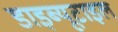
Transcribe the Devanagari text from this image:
डाइब्यूटाइल